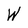
Character: W